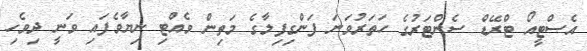
އެސްޓީއޯ ޓްރޭޑް ސެންޓަރުގެ ހަތަރުވަނަ ފަންގިފިލާގެ މަތިން ވެއްޓި ނިޔާވެފައި ވަނީ ދިވެހި